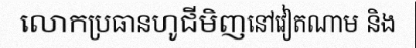
លោកប្រធានហូជីមិញនៅវៀតណាម និង